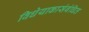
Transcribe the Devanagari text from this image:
विधेयाकासंबंधित